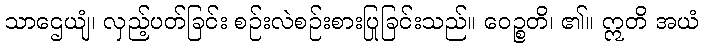
သာဌေယျံ၊ လှည့်ပတ်ခြင်း စဉ်းလဲစဉ်းစားပြုခြင်းသည်။ ဝေဉ္စတိ၊ ၏။ ဣတိ အယံ